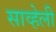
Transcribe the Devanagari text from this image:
साव्हेली